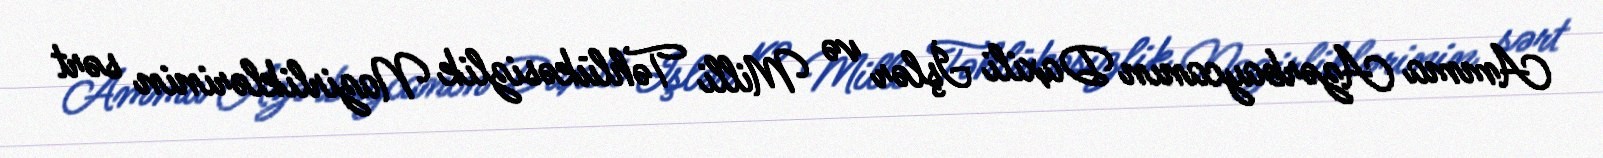
Amma Azərbaycanın Daxili İşlər və Milli Təhlükəsizlik Nazirliklərinin sərt